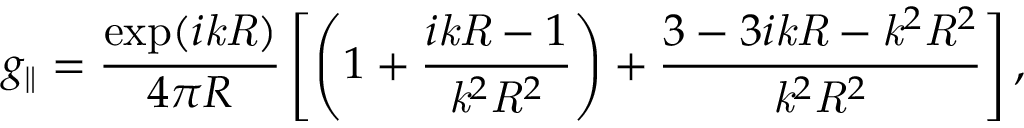
g _ { \parallel } = \frac { \exp ( i \mathit { k } \mathit { R } ) } { 4 \pi R } \left[ \left( 1 + \frac { i \mathit { k } \mathit { R } - 1 } { \mathit { k } ^ { 2 } \mathit { R } ^ { 2 } } \right) + \frac { 3 - 3 i \mathit { k } \mathit { R } - \mathit { k } ^ { 2 } \mathit { R } ^ { 2 } } { \mathit { k } ^ { 2 } \mathit { R } ^ { 2 } } \right] ,